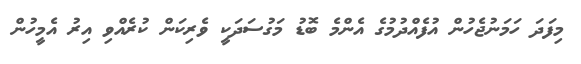
މިފަދަ ހަމަނުޖެހުން އުފެއްދުމުގެ އެންމެ ބޮޑު މަގުސަދަކީ ވެރިކަން ކުރެއްވި އިރު އެމީހުން